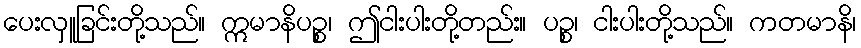
ပေးလှူခြင်းတို့သည်။ ဣမာနိပဉ္စ၊ ဤငါးပါးတို့တည်း။ ပဉ္စ၊ ငါးပါးတို့သည်။ ကတမာနိ၊